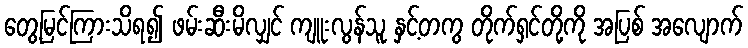
တွေ့မြင်ကြားသိရ၍ ဖမ်းဆီးမိလျှင် ကျူးလွန်သူ နှင့်တကွ တိုက်ရှင်တို့ကို အပြစ် အလျောက်